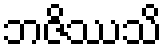
ဘဇိဿသိ